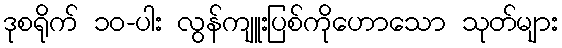
ဒုစရိုက် ၁၀-ပါး လွန်ကျူးပြစ်ကိုဟောသော သုတ်များ